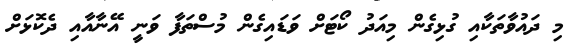
މި ދައުވާތަކާއި ގުޅިގެން މިއަދު ކޯޓަށް ވަޑައިގެން މުސްތަފާ ވަނީ އޭނާއާއި ދެކޮޅަށް